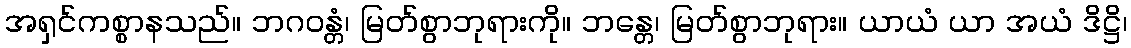
အရှင်ကစ္စာနသည်။ ဘဂဝန္တံ၊ မြတ်စွာဘုရားကို။ ဘန္တေ၊ မြတ်စွာဘုရား။ ယာယံ ယာ အယံ ဒိဋ္ဌိ၊